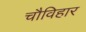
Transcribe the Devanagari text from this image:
चौविहार